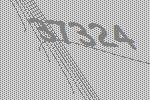
37324